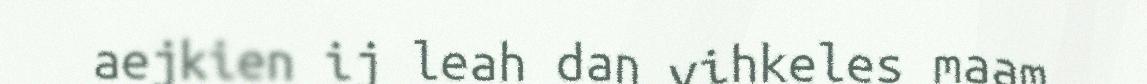
aejkien ij leah dan vihkeles maam